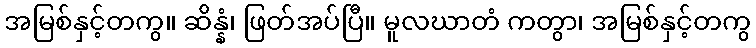
အမြစ်နှင့်တကွ။ ဆိန္နံ၊ ဖြတ်အပ်ပြီ။ မူလဃာတံ ကတွာ၊ အမြစ်နှင့်တကွ